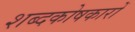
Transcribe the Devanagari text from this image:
शब्दकोषकारों